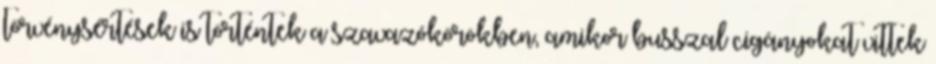
törvénysértések is történtek a szavazókörökben, amikor busszal cigányokat vittek